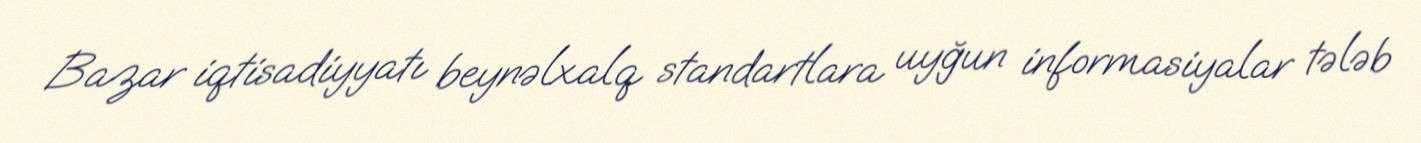
Bazar iqtisadiyyatı beynəlxalq standartlara uyğun informasiyalar tələb